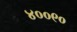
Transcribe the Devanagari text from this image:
४००९०